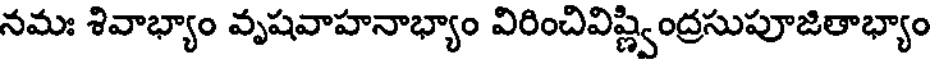
నమః శివాభ్యాం వృషవాహనాభ్యాం విరించివిష్ణ్వింద్రసుపూజితాభ్యాం